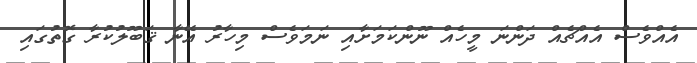
އެއްވެސް އެއްޗެއް ދަންނަ މީހެއް ނޫންކަމަށާއި ނަމަވެސް މިހާރު އޭނާ ޤަބޫލުކުރާ ގޮތުގައި